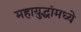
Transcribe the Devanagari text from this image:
महायुद्धांमध्ये